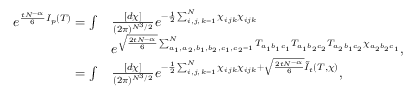
\begin{array} { r l } { e ^ { \frac { t N ^ { - \alpha } } { 6 } I _ { p } ( T ) } = \int } & { \frac { [ d \chi ] } { ( 2 \pi ) ^ { N ^ { 3 } / 2 } } e ^ { - \frac { 1 } { 2 } \sum _ { i , j , k = 1 } ^ { N } \chi _ { i j k } \chi _ { i j k } } } \\ & { e ^ { \sqrt { \frac { 2 t N ^ { - \alpha } } { 6 } } \sum _ { a _ { 1 } , a _ { 2 } , b _ { 1 } , b _ { 2 } , c _ { 1 } , c _ { 2 } = 1 } ^ { N } T _ { a _ { 1 } b _ { 1 } c _ { 1 } } T _ { a _ { 1 } b _ { 2 } c _ { 2 } } T _ { a _ { 2 } b _ { 1 } c _ { 2 } } \chi _ { a _ { 2 } b _ { 2 } c _ { 1 } } } \mathrm { , } } \\ { = \int } & { \frac { [ d \chi ] } { ( 2 \pi ) ^ { N ^ { 3 } / 2 } } e ^ { - \frac { 1 } { 2 } \sum _ { i , j , k = 1 } ^ { N } \chi _ { i j k } \chi _ { i j k } + \sqrt { \frac { 2 t N ^ { - \alpha } } { 6 } } \tilde { I } _ { t } ( T , \chi ) } \mathrm { , } } \end{array}